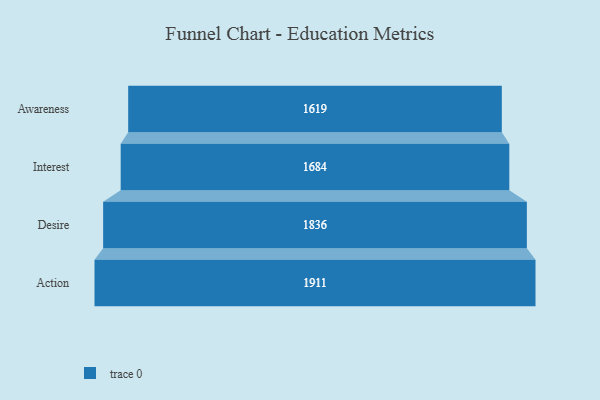
{"axis": {"x": "Stage", "y": "Value"}, "legend": [""], "data": [{"x": "Awareness", "y": 1619.0, "type": ""}, {"x": "Interest", "y": 1684.0, "type": ""}, {"x": "Desire", "y": 1836.0, "type": ""}, {"x": "Action", "y": 1911.0, "type": ""}]}